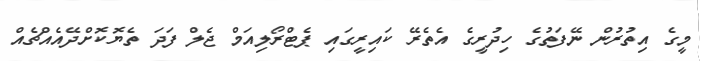
މީގެ އިތުރުން ނޭފަތުގެ ހިދުރީގެ އެތެރޭ ކައިރީގައި ޕެޓްރޯލިއަމް ޖެލް ފަދަ ތެޔޮކޮށްދޭއެއްޗެއް